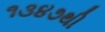
૧૩૪૭થી